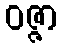
ဝဇ္ဇာ